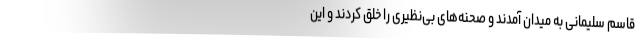
قاسم سلیمانی به میدان آمدند و صحنه‌های بی‌نظیری را خلق کردند و این